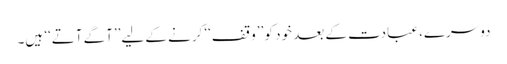
دوسرے، عبادت کے بعد خود کو ’’وقف‘‘ کرنے کے لیے’’آگے آتے‘‘ ہیں۔